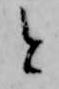
と